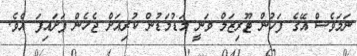
ނަމަވެސް އޭގެ ފަހުން ޓޫރިޒަމް ވަނީ މަޑުމަޑުން ކުރިއަށް ޖެހެން ފަށައިފަ އެވެ.